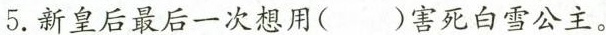
5.新皇后最后一次想用()害死白雪公主。